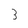
Character: 3